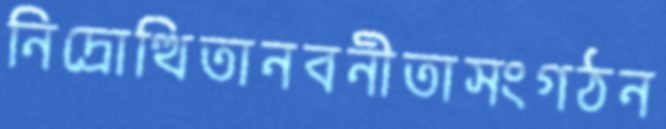
নিদ্রোত্থিতানবনীতাসংগঠন